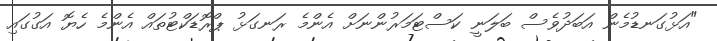
"އަޅުގަނޑުމެން އަބަދުވެސް ބަލަނީ ކަސްޓަމަރުންނަށް އެންމެ ރަނގަޅު ޕްރޮޑަކްޓުތައް އެންމެ ހެޔޮ އަގުގައި